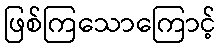
ဖြစ်ကြသောကြောင့်